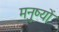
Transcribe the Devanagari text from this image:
मनु्ष्यों